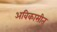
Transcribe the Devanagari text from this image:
अविकासीत